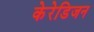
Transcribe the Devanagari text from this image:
केरेडिजन